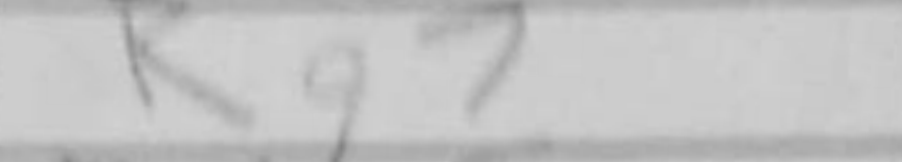
Transcription: Rg7